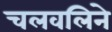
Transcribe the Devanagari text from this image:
चलवलिने